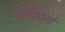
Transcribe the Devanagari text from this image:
सेंटिआगो